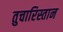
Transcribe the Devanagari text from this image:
तुचारिस्तान